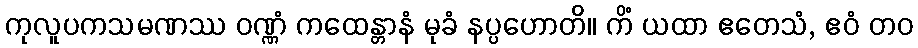
ကုလူပကသမဏဿ ဝဏ္ဏံ ကထေန္တာနံ မုခံ နပ္ပဟောတိ။ ကိံ ယထာ ဧတေသံ, ဧဝံ တဝ